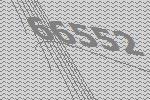
66552